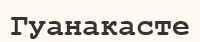
Гуанакасте